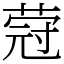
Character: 蒄